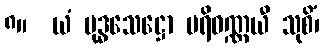
၈။  ယံ ဗုဒ္ဓသေဋ္ဌော ပရိဝဏ္ဏယီ သုစိံ၊